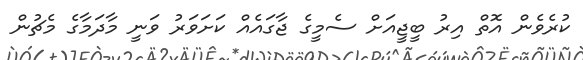
ކުރެވެން އޮތް އިރު ބީޖީއަށް ސެމީގެ ޖާގައެއް ކަށަވަރު ވަނީ މާދަމާގެ މެޗުން